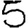
Digit: 5